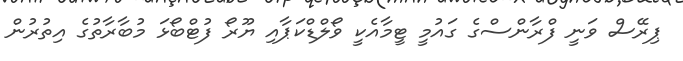
ޕިރޭސް ވަނީ ފްރާންސްގެ ގައުމީ ޓީމާއެކީ ވޯލްޑްކަޕާއި ޔޫރޯ ފުޓްބޯޅަ މުބާރާތުގެ އިތުރުން